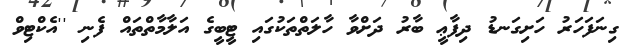
ގިނަފަހަރު ހަށިގަނޑު ދިފާޢީ ބާރު ދަށްވާ ހާލަތްތަކުގައި ޓީބީގެ އަލާމާތްތައް ފެނި ''އެކްޓިވް